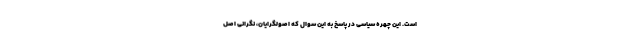
است. این چهره سیاسی در پاسخ به این سوال که اصولگرایان، نگرانی اصل